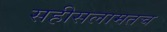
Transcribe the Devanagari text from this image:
सहीसलामतच